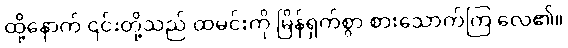
ထို့နောက် ၎င်းတို့သည် ထမင်းကို မြိန်ရှက်စွာ စားသောက်ကြ လေ၏။